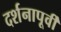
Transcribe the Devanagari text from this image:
दर्शनापूर्वी